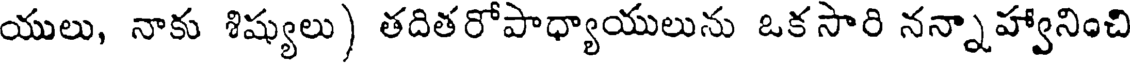
యులు, నాకు శిష్యులు) తదితరోపాధ్యాయులును ఒకసారి నన్నాహ్వానించి